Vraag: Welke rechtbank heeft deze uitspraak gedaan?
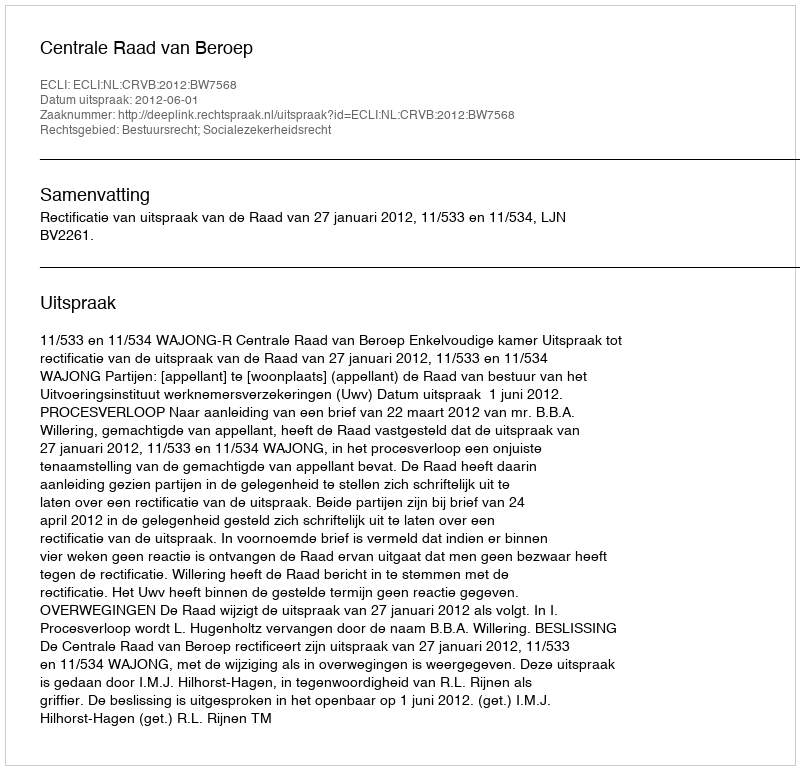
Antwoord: Centrale Raad van Beroep